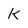
Character: k